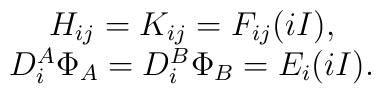
\begin{array}{c}H_{ij}=K_{ij}=F_{ij}(iI), \\ D_i^A\Phi _A=D_i^B\Phi _B=E_i(iI). \end{array}